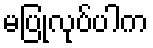
မပြုလုပ်ပါက